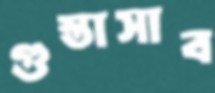
গুস্তাসাব